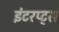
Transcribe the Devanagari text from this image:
इंटरप्ट्स